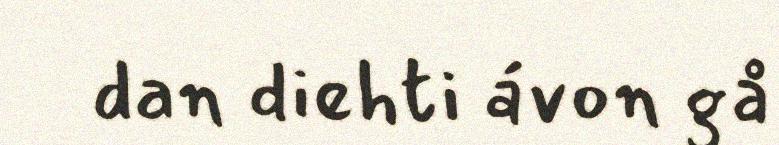
dan diehti ávon gå